Subject: cs
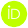
LaTeX code:
    \begin{tikzpicture}
    \draw[lime, fill=lime] (0,0) circle [radius=0.16]
    node[white] {{\fontfamily{qag}\selectfont \tiny ID}};    \draw[white, fill=white] (-0.0625,0.095) circle [radius=0.007];
    \end{tikzpicture}